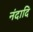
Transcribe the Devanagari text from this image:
नंदादि